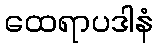
ထေရာပဒါနံ